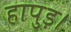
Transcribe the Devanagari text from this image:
हापुड़।